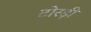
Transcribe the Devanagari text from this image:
टोरड़ी